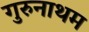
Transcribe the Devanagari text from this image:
गुरुनाथम